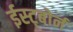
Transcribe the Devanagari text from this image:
ईस्ट्बोर्न